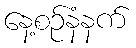
နေ့စဉ်နံနက်